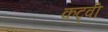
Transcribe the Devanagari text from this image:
कट्वी